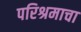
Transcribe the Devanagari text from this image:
परिश्रमाचा